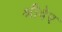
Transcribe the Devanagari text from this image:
श्रीवेर